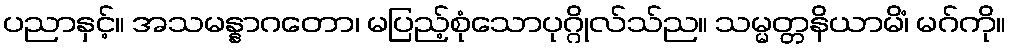
ပညာနှင့်။ အသမန္နာဂတော၊ မပြည့်စုံသောပုဂ္ဂိုလ်သ်ည။ သမ္မတ္တနိယာမိံ၊ မဂ်ကို။